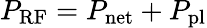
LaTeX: P_{\mathrm{RF}}=P_{\mathrm{net}}+P_{\mathrm{pl}}